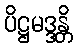
ပိဋ္ဌမဒ္ဒန္တိ